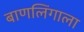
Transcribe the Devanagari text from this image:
बाणलिंगाला